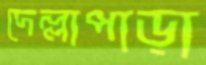
দেল্লাপাড়া